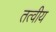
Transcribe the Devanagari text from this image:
तत्‍वीय